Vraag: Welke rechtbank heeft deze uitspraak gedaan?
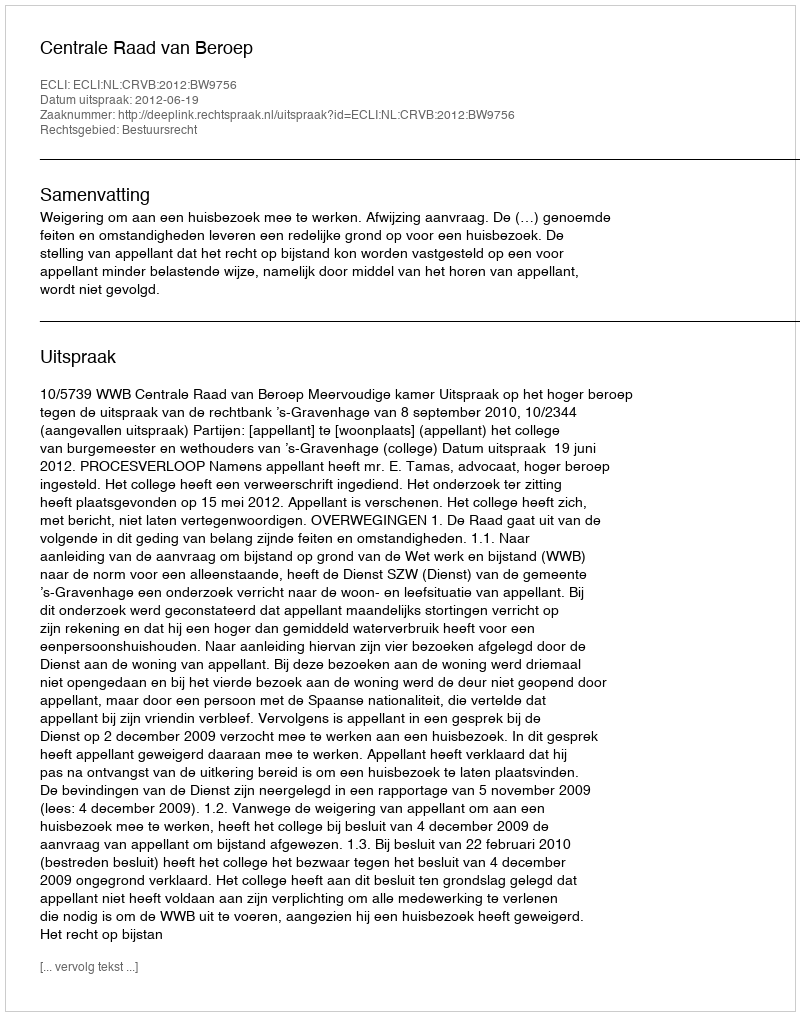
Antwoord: Centrale Raad van Beroep